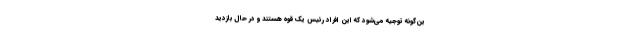
ین‌گونه توجیه می‌شود که این افراد رئیس یک قوه هستند و در حال بازدید